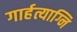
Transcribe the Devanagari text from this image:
गार्हत्याग्नि